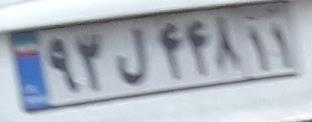
۹۲ل۴۴۸۱۱